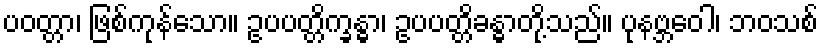
ပဝတ္တာ၊ ဖြစ်ကုန်သော။ ဥပပတ္တိက္ခန္ဓာ၊ ဥပပတ္တိခန္ဓာတို့သည်။ ပုနဗ္ဘဝေါ၊ ဘဝသစ်